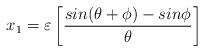
LaTeX: \begin{align*}x_1={\varepsilon}\left[\frac{sin({\theta} +{\phi})-sin{\phi}}{{\theta}}\right]\end{align*}